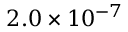
2 . 0 \times 1 0 ^ { - 7 }